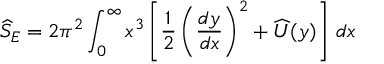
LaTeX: \widehat S _ { E } = 2 \pi ^ { 2 } \int _ { 0 } ^ { \infty } x ^ { 3 } \left[ \frac 1 2 \left( { \frac { d y } { d x } } \right) ^ { 2 } + \widehat U ( y ) \right] \, d x